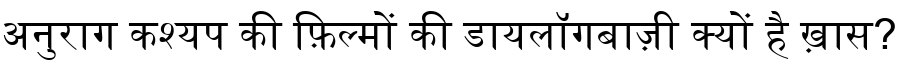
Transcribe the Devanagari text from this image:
अनुराग कश्यप की फ़िल्मों की डायलॉगबाज़ी क्यों है ख़ास?